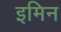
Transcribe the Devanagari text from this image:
इमिन